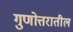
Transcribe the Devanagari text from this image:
गुणोत्तरातील